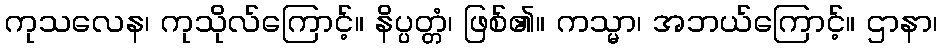
ကုသလေန၊ ကုသိုလ်ကြောင့်။ နိပ္ပတ္တံ၊ ဖြစ်၏။ ကသ္မာ၊ အဘယ်ကြောင့်။ ဌာနာ၊